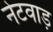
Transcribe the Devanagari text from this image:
नेटवाड़